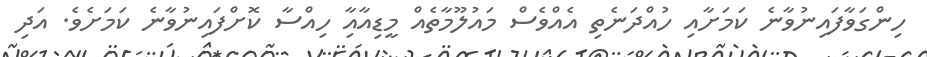
ހިންގަވާފައިނުވާނެ ކަމަށާއި ހުއްދަނެތި އެއްވެސް މައުލޫމާތެއް މީޑިއާއާި ހިއްސާ ކޮށްފައިނުވާނެ ކަމަށެވެ. އަދި